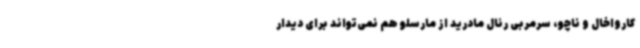
کارواخال و ناچو، سرمربی رئال مادرید از مارسلو هم نمی‌تواند برای دیدار